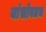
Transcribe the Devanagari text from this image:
यांसोबतच